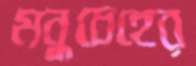
মনুচেহের